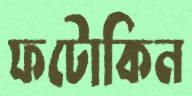
ফটোকিন